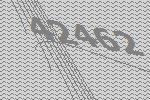
42462